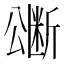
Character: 𭁜